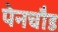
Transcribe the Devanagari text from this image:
पेनचौड